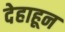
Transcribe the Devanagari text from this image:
देहाहून